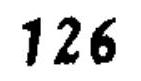
\(126\)